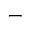
-